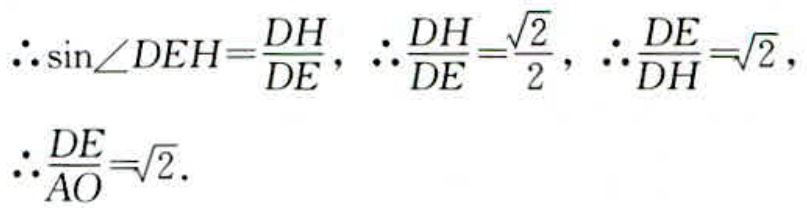
\(\therefore \sin\angle DEH=\frac{DH}{DE},\ \therefore \frac{DH}{DE}=\frac{\sqrt{2}}{2},\ \therefore \frac{DE}{DH}=\sqrt{2},\\\therefore \frac{DE}{AO}=\sqrt{2}.\)